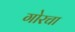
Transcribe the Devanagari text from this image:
गोरचा